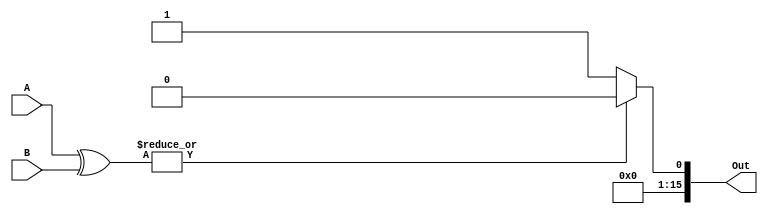
module seq(A, B, Out);

input [15:0] A, B;
output [15:0] Out;

wire compare;

assign compare = |(A ^ B);
assign Out = (~compare) ? 1 : 0;

endmodule